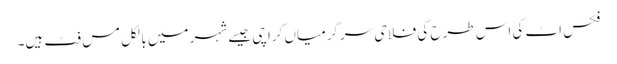
فکس اٹ کی اس طرح کی فلاحی سرگرمیاں کراچی جیسے شہر میں بالکل مس فٹ ہیں۔